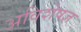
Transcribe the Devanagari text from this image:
अविशेषज्ञ